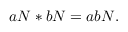
a N * b N = a b N .